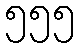
၅၅၅